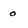
Character: O